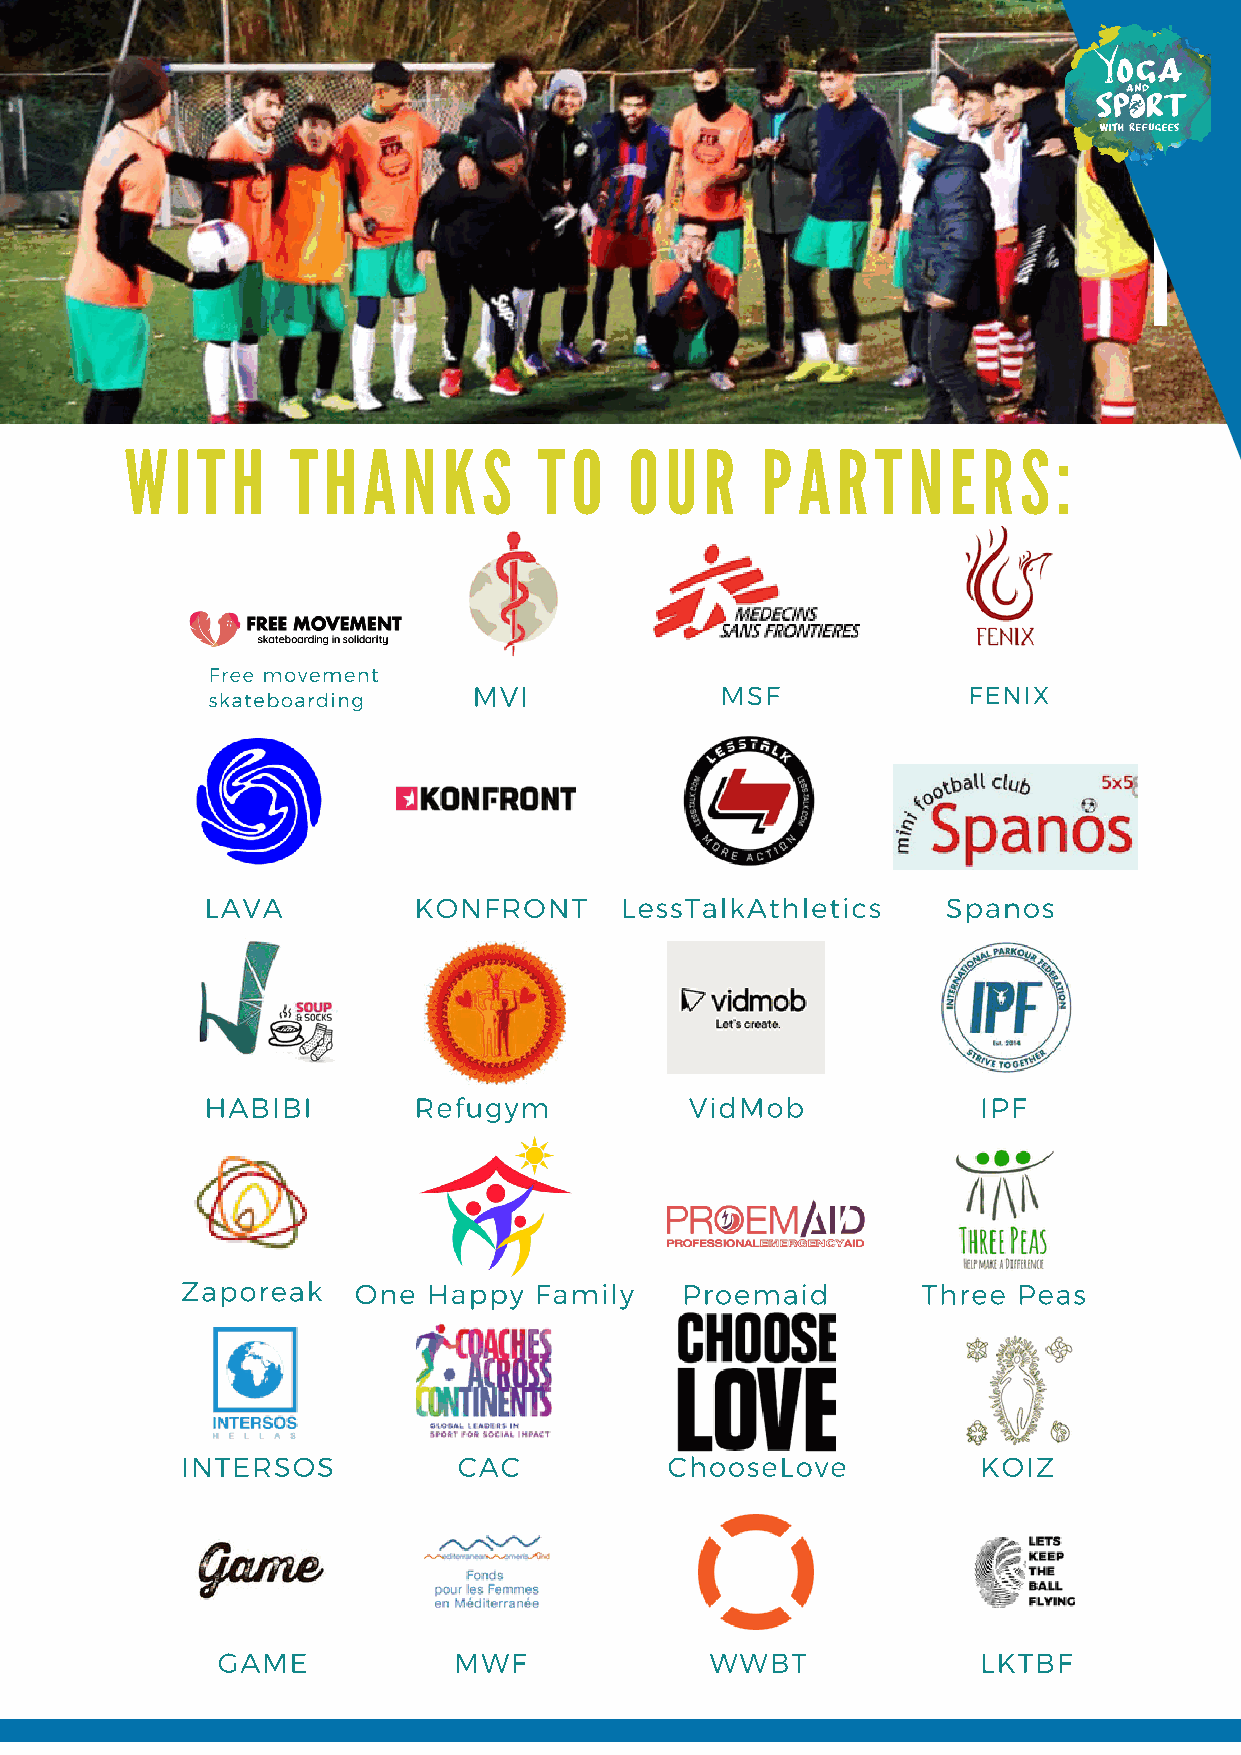
WITH       THANKS           TO    OUR     PARTNERS:
 Free movement
 MVI              MSF             FENIX
 skateboarding
 LAVA         KONFRONT      LessTalkAthletics     Spanos
 HABIBI       Refugym            VidMob             IPF
 Zaporeak   One  Happy  Family    Proemaid        Three Peas
 INTERSOS          CAC           ChooseLove           KOIZ
 GAME            MWF              WWBT              LKTBF